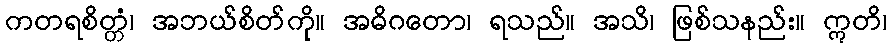
ကတရစိတ္တံ၊ အဘယ်စိတ်ကို။ အဓိဂတော၊ ရသည်။ အသိ၊ ဖြစ်သနည်း။ ဣတိ၊